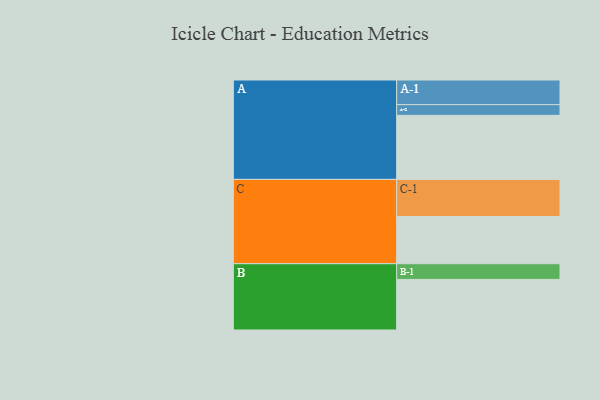
{"axis": {"x": "Segment", "y": "Value"}, "legend": ["", "A", "B", "C"], "data": [{"x": "A", "y": 429, "type": ""}, {"x": "B", "y": 339, "type": ""}, {"x": "C", "y": 316, "type": ""}, {"x": "A-1", "y": 165, "type": "A"}, {"x": "A-2", "y": 72, "type": "A"}, {"x": "B-1", "y": 105, "type": "B"}, {"x": "C-1", "y": 249, "type": "C"}]}